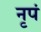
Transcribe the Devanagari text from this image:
नृपं